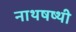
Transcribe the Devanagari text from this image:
नाथषष्थी